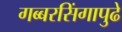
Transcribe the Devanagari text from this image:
गब्बरसिंगापुढे